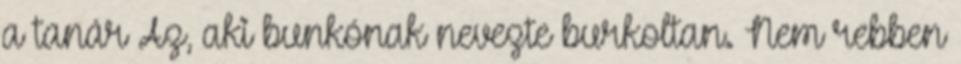
a tanár Az, aki bunkónak nevezte burkoltan. Nem rebben